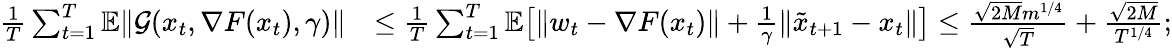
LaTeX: \begin{array}{rl}{\frac{1}{T}\sum_{t=1}^{T}\mathbb{E}\| \mathcal{G}(x_{t},\nabla F(x_{t}),\gamma)\| }&{\leq\frac{1}{T}\sum_{t=1}^{T}\mathbb{E}\big[\| w_{t}-\nabla F(x_{t})\| +\frac{1}{\gamma}\| \tilde{x}_{t+1}-x_{t}\| \big]\leq\frac{\sqrt{2M}m^{1/4}}{\sqrt{T}}+\frac{\sqrt{2M}}{T^{1/4}};}\end{array}